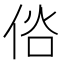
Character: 𠉇